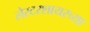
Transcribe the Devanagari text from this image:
लेस्टरशायरच्या